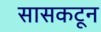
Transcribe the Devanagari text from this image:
सासकटून